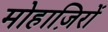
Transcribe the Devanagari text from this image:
मोहाज़िरों